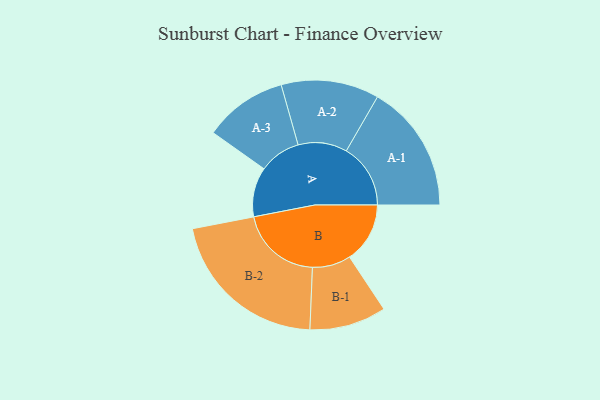
{"axis": {"x": "Segment", "y": "Value"}, "legend": ["", "A", "B"], "data": [{"x": "A", "y": 169, "type": ""}, {"x": "B", "y": 206, "type": ""}, {"x": "A-1", "y": 219, "type": "A"}, {"x": "A-2", "y": 167, "type": "A"}, {"x": "A-3", "y": 142, "type": "A"}, {"x": "B-1", "y": 131, "type": "B"}, {"x": "B-2", "y": 280, "type": "B"}]}